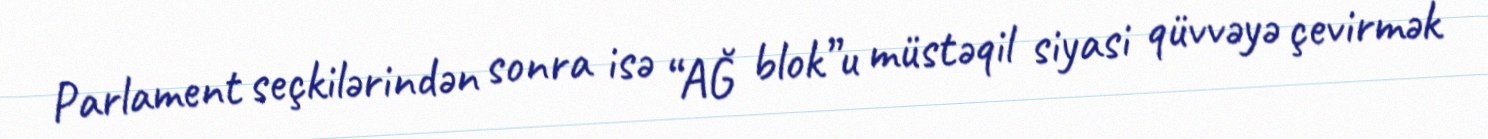
Parlament seçkilərindən sonra isə “AĞ blok”u müstəqil siyasi qüvvəyə çevirmək